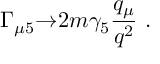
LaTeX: \Gamma _ { \mu 5 } { \rightarrow } 2 m \gamma _ { 5 } { \frac { q _ { \mu } } { q ^ { 2 } } } \ .